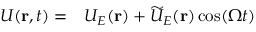
\begin{array} { r l } { U ( \mathbf { r } , t ) = } & { { } U _ { E } ( \mathbf { r } ) + \widetilde { U } _ { E } ( \mathbf { r } ) \cos ( \Omega t ) } \end{array}